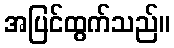
အပြင်ထွက်သည်။